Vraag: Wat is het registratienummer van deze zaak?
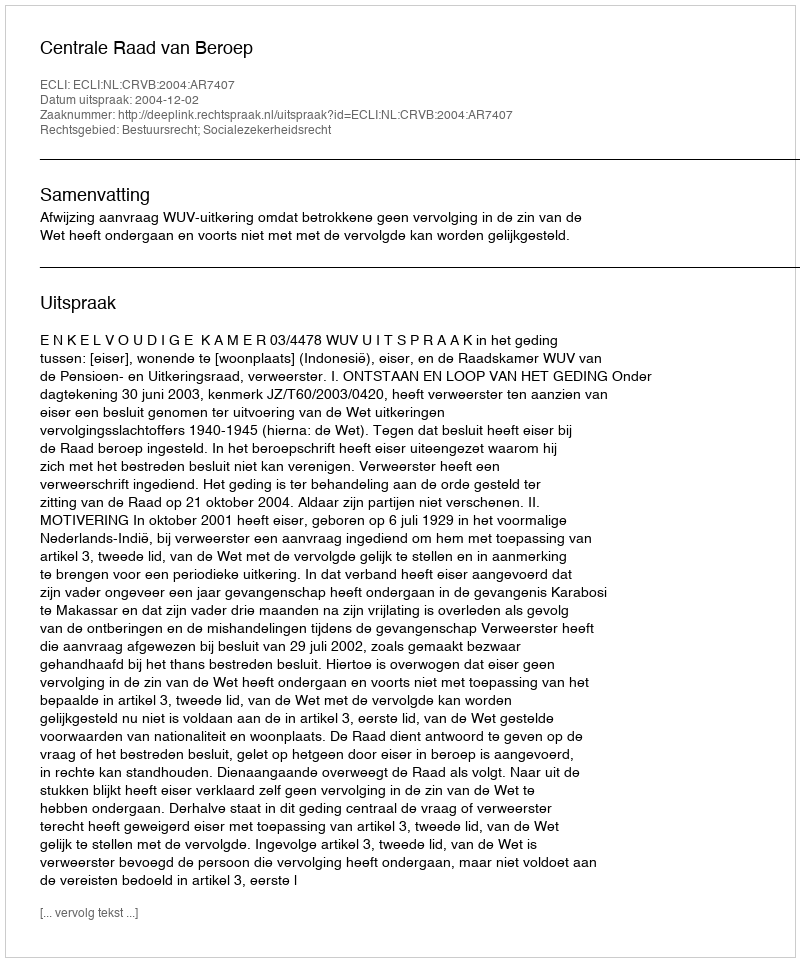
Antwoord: http://deeplink.rechtspraak.nl/uitspraak?id=ECLI:NL:CRVB:2004:AR7407